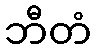
ဘီတံ